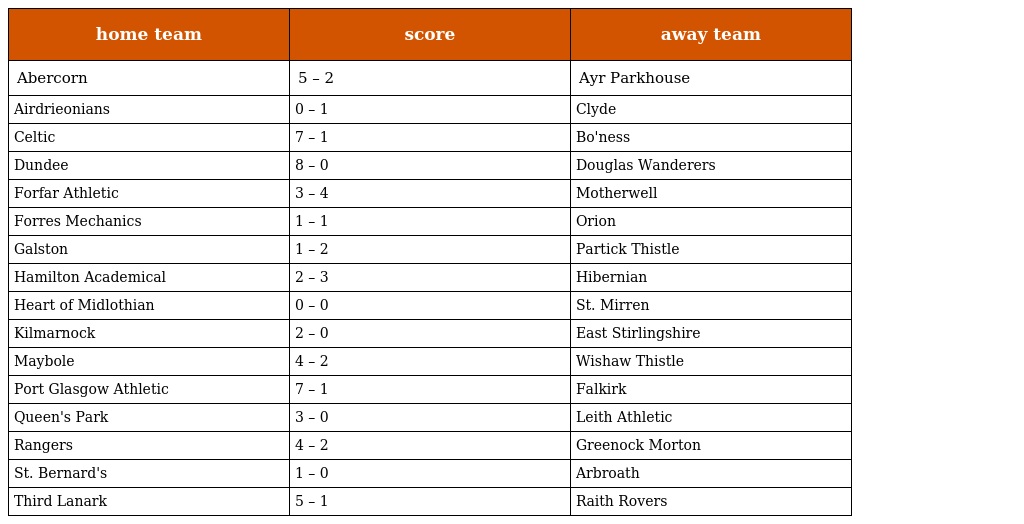
| home team | score | away team |
 | --- | --- | --- |
 | Abercorn | 5 – 2 | Ayr Parkhouse |
 | Airdrieonians | 0 – 1 | Clyde |
 | Celtic | 7 – 1 | Bo'ness |
 | Dundee | 8 – 0 | Douglas Wanderers |
 | Forfar Athletic | 3 – 4 | Motherwell |
 | Forres Mechanics | 1 – 1 | Orion |
 | Galston | 1 – 2 | Partick Thistle |
 | Hamilton Academical | 2 – 3 | Hibernian |
 | Heart of Midlothian | 0 – 0 | St. Mirren |
 | Kilmarnock | 2 – 0 | East Stirlingshire |
 | Maybole | 4 – 2 | Wishaw Thistle |
 | Port Glasgow Athletic | 7 – 1 | Falkirk |
 | Queen's Park | 3 – 0 | Leith Athletic |
 | Rangers | 4 – 2 | Greenock Morton |
 | St. Bernard's | 1 – 0 | Arbroath |
 | Third Lanark | 5 – 1 | Raith Rovers |